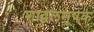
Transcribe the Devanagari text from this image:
शाद्वलमूषक